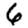
Digit: 6